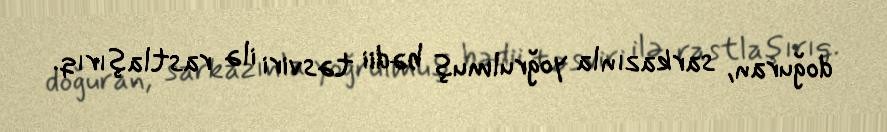
doğuran, sarkazınla yoğrulmuş bədii təsviri ilə rastlaşırıq.